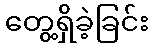
တွေ့ရှိခဲ့ခြင်း